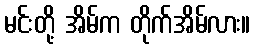
မင်းတို့ အိမ်က တိုက်အိမ်လား။